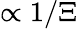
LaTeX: \propto 1/\Xi